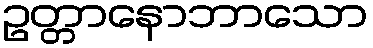
ဥတ္တာနောဘာသော